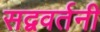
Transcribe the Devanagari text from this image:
सद्ववर्तनी